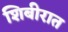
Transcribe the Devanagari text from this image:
शिबीरात